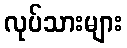
လုပ်သားများ